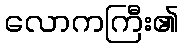
လောကကြီး၏